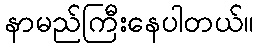
နာမည်ကြီးနေပါတယ်။